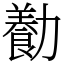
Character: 㔦